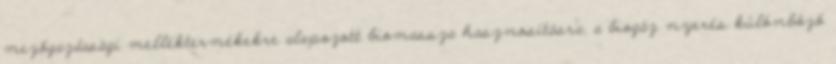
mezőgazdasági melléktermékekre alapozott biomassza hasznosításra, a biogáz nyerés különböző